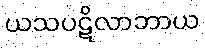
ယသပဋိလာဘာယ